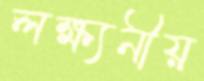
লক্ষ্যনীয়